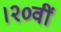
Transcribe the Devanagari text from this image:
।२०वीं